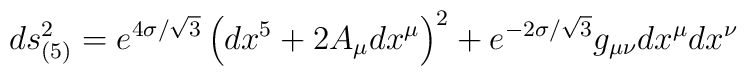
ds_{(5)}^2 = e^{4\sigma/\sqrt{3}}\left(dx^5+2A_\mu dx^\mu\right)^2 +e^{-2\sigma/\sqrt{3}}g_{\mu\nu}dx^\mu dx^\nu